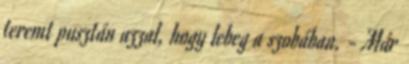
teremt pusztán azzal, hogy lebeg a szobában. - Már